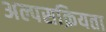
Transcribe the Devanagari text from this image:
अल्पसक्रियता